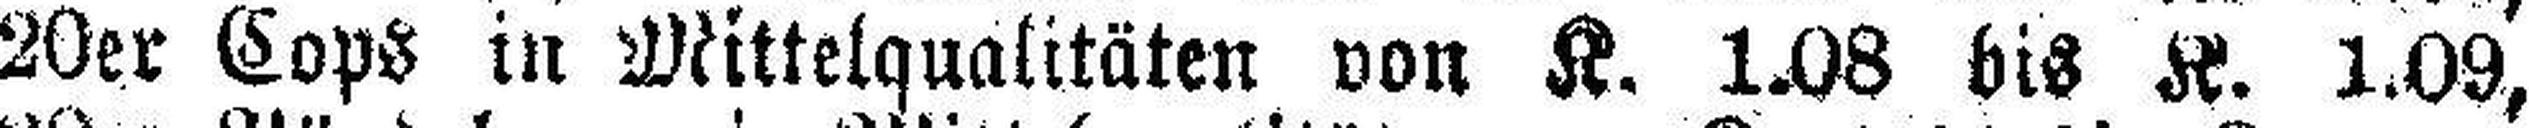
20er Cops in Mittelqualitäten von K. 1.08 bis K. 1.09,